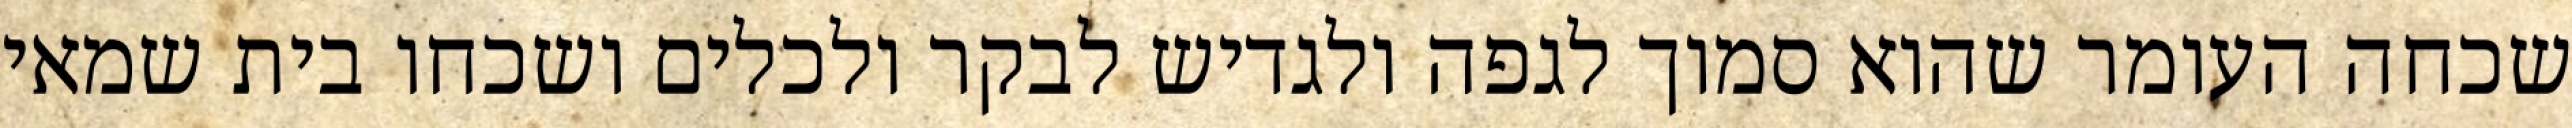
שכחה העומר שהוא סמוך לגפה ולגדיש לבקר ולכלים ושכחו בית שמאי